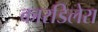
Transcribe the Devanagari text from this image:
कारडिलेरा